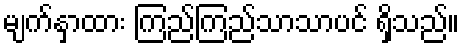
မျက်နှာထား ကြည်ကြည်သာသာပင် ရှိသည်။